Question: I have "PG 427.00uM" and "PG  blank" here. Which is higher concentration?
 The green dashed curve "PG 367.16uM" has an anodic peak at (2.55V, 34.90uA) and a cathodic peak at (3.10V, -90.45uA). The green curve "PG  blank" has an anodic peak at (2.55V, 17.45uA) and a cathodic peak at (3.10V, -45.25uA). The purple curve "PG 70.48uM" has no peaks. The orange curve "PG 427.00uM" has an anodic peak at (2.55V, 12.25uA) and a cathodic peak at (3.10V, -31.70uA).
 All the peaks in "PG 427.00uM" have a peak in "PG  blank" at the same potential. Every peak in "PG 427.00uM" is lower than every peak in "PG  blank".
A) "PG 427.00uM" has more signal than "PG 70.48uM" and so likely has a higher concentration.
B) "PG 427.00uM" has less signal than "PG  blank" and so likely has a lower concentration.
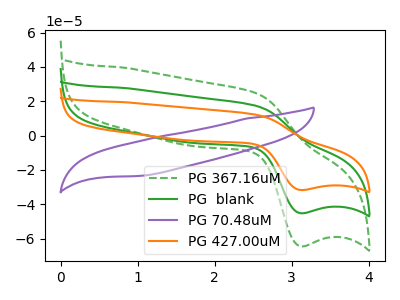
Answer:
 <answer>B) "PG 427.00uM" has less signal than "PG  blank" and so likely has a lower concentration.</answer>
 <eval>B</eval>